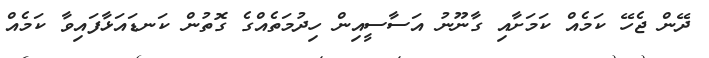
ދޭން ޖެހޭ ކަމެއް ކަމަށާއި ގާނޫނު އަސާސީއިން ހިދުމަތެއްގެ ގޮތުން ކަނޑައަޅާފައިވާ ކަމެއް